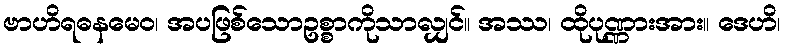
ဗာဟိရဓနမေဝ၊ အပဖြစ်သောဥစ္စာကိုသာလျှင်။ အဿ၊ ထိုပုဏ္ဏားအား။ ဒေဟိ၊